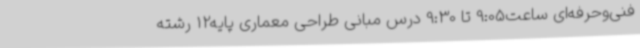
فنی‌وحرفه‌ای ساعت9:05 تا 9:30 درس مبانی طراحی معماری پایه12 رشته